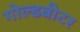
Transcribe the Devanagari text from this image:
गोल्डबीटर